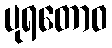
ပုရတောဝ